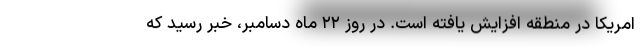
امریکا در منطقه افزایش یافته است. در روز ۲۲ ماه دسامبر، خبر رسید که